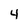
Character: 4